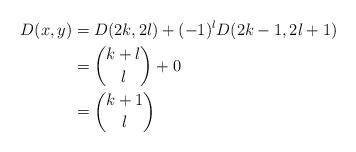
LaTeX: \begin{align*} D(x,y) &= D(2k, 2l) + (-1)^{l} D(2k - 1, 2l + 1)\\ &= \binom{k + l}{l} + 0\\ &= \binom{k + 1}{l} \end{align*}